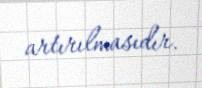
artırılmasıdır.